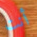
أنت